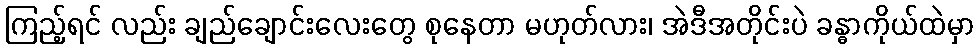
ကြည့်ရင် လည်း ချည်ချောင်းလေးတွေ စုနေတာ မဟုတ်လား၊ အဲဒီအတိုင်းပဲ ခန္ဓာကိုယ်ထဲမှာ